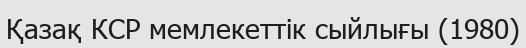
Қазақ КСР мемлекеттік сыйлығы (1980)